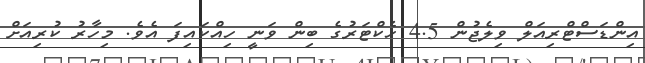
އިންޑަސްޓްރިއަލް ވިލެޖުން 4.5 ހެކްޓަރުގެ ބިން ވަނީ ހިއްކައިފަ އެވެ. މިހާރު ކުރިއަަށް